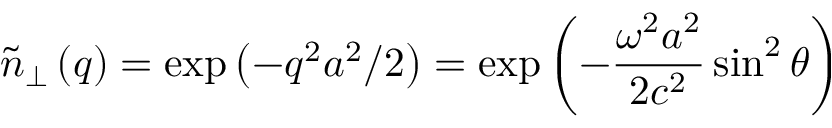
\tilde { n } _ { \bot } \left( q \right) = \exp \left( - q ^ { 2 } a ^ { 2 } / 2 \right) = \exp \left( - \frac { \omega ^ { 2 } a ^ { 2 } } { 2 c ^ { 2 } } \sin ^ { 2 } \theta \right)